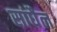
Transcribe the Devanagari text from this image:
सांघैल